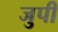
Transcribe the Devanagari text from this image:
जुपी